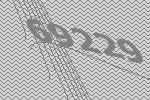
69229